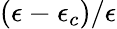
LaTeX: (\epsilon-\epsilon_{c})/\epsilon